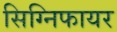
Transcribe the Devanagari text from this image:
सिग्निफायर